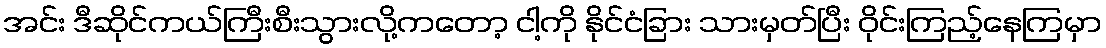
အင်း ဒီဆိုင်ကယ်ကြီးစီးသွားလို့ကတော့ ငါ့ကို နိုင်ငံခြား သားမှတ်ပြီး ဝိုင်းကြည့်နေကြမှာ